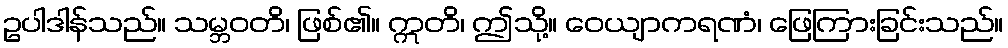
ဥပါဒါန်သည်။ သမ္ဘဝတိ၊ ဖြစ်၏။ ဣတိ၊ ဤသို့။ ဝေယျာကရဏံ၊ ဖြေကြားခြင်းသည်။